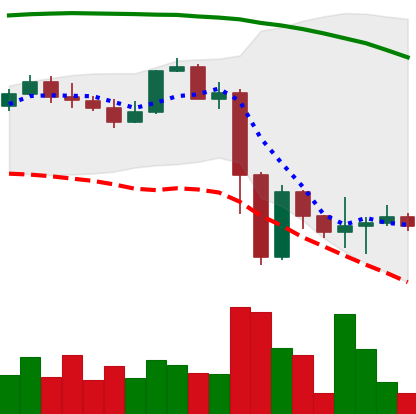
Ticker: NEO-USD
Chart end date: 2022-11-16
Forward return: -3.171%
Label: down_3_5